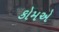
કોમએ